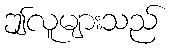
ဤလူများသည်